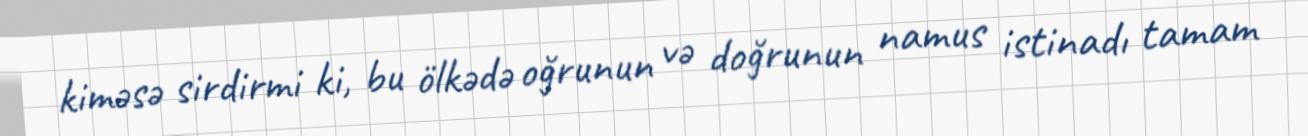
kiməsə sirdirmi ki, bu ölkədə oğrunun və doğrunun namus istinadı tamam